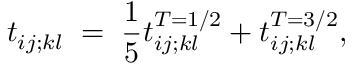
t _ { i j ; k l } \; = \; \frac 1 5 t _ { i j ; k l } ^ { T = 1 / 2 } + t _ { i j ; k l } ^ { T = 3 / 2 } ,